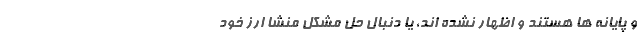
و پایانه ها هستند و اظهار نشده اند، یا دنبال حل مشکل منشا ارز خود